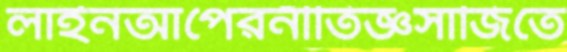
লাইনআপেরনীতিজ্ঞসাজিতে